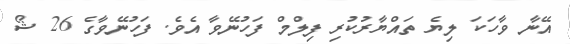
އޭނާ ވާހަކަ ލިޔެ ތައްޔާރުކުރި ފިލްމް ފަހުނޭވާ އެވެ. ފަހުނޭވާގެ 26 ޝޯ